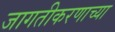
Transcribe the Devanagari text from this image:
जागतीकरणाच्या